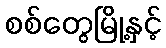
စစ်တွေမြို့နှင့်